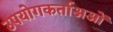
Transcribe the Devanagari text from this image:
उपयोगकर्ताअओं